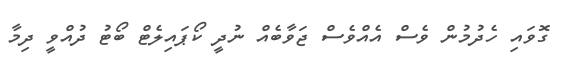
ގޮވައި ހެދުމުން ވެސް އެއްވެސް ޖަވާބެއް ނުދީ ކޯޕައިލެޓް ބޯޓު ދުއްވީ ދިމާ